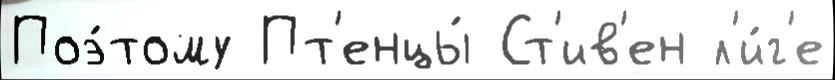
Поэ́тому Пт'енцы́ Ст'ив'ен л'и́г'е